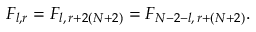
F _ { l , r } = F _ { l , \, r + 2 ( N + 2 ) } = F _ { N - 2 - l , \, r + ( N + 2 ) } .